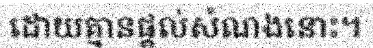
ដោយគ្មានផ្តល់សំណងនោះ។